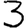
Digit: 3